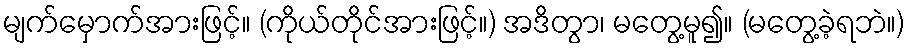
မျက်မှောက်အားဖြင့်။ (ကိုယ်တိုင်အားဖြင့်။) အဒိတွာ၊ မတွေ့မူ၍။ (မတွေ့ခဲ့ရဘဲ။)